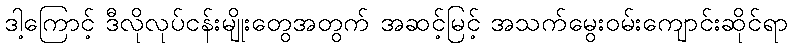
ဒါ့ကြောင့် ဒီလိုလုပ်ငန်းမျိုးတွေအတွက် အဆင့်မြင့် အသက်မွေးဝမ်းကျောင်းဆိုင်ရာ